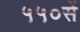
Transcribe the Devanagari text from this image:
५५०सें